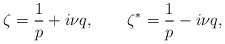
\begin{align*}\zeta=\frac{1}{p}+i\nu q,~~~~~~\zeta^*=\frac{1}{p}-i\nu q,\end{align*}